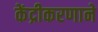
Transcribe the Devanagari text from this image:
केंद्रीकरणाने